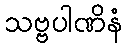
သဗ္ဗပါဏိနံ